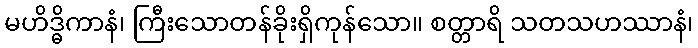
မဟိဒ္ဓိကာနံ၊ ကြီးသောတန်ခိုးရှိကုန်သော။ စတ္တာရိ သတသဟဿာနံ၊